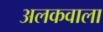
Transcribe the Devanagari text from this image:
अलकवाला